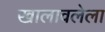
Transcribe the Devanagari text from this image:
खालावलेला